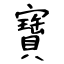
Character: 寶